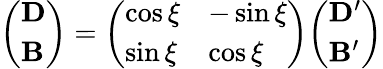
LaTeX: {\left(\begin{array}{l}{\mathbf{D}}\\ {\mathbf{B}}\end{array}\right)}={\left(\begin{array}{ll}{\cos\xi}&{-\sin\xi}\\ {\sin\xi}&{\cos\xi}\end{array}\right)}{\left(\begin{array}{l}{\mathbf{D^{\prime}}}\\ {\mathbf{B^{\prime}}}\end{array}\right)}